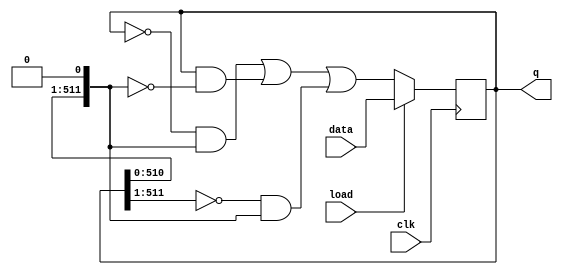
module top_module #(parameter n=512) (
    input clk,
    input load,
    input [n-1:0] data,
    output [n-1:0] q
); 

    wire [n-1:0] q_left,q_right; 	//declaration of centere's left and right part
    assign q_left=q>>1; 			//centre's left part => right shift of q by 1-bit
    assign q_right=q<<1; 			//centre's right part => left shift of q by 1-bit	
	
    always@(posedge clk)
        begin
            if(load)
                q<=data;
            else
                q <= (~q & q_right) | (q & ~q_right) | (~q_left & q_right); //Functional Equation of Rule-110
        end
		
endmodule